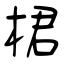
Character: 桾